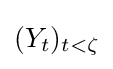
(Y_{t})_{t<\zeta }